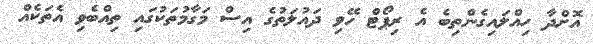
އޮށްދާ ހިއްލައިގެންތިބެ އެ ރިޕޯޓް ހޭވި ދައުލަތުގެ އިސް މަގާމުތަކުގައި ތިއްބެވި އެތަކެއް